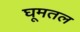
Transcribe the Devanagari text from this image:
घूमतल